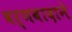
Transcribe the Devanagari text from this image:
वर्णवादाने